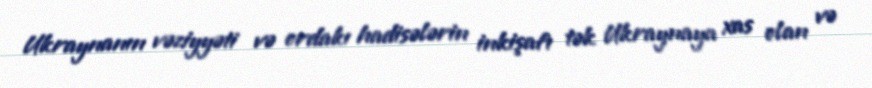
Ukraynanın vəziyyəti və ordakı hadisələrin inkişafı tək Ukraynaya xas olan və